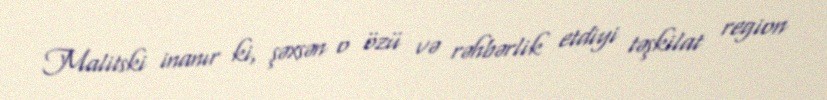
Malitski inanır ki, şəxsən o özü və rəhbərlik etdiyi təşkilat region